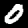
Digit: 0